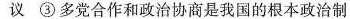
议③多党合作和政治协商是我国的根本政治制